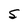
Character: 5